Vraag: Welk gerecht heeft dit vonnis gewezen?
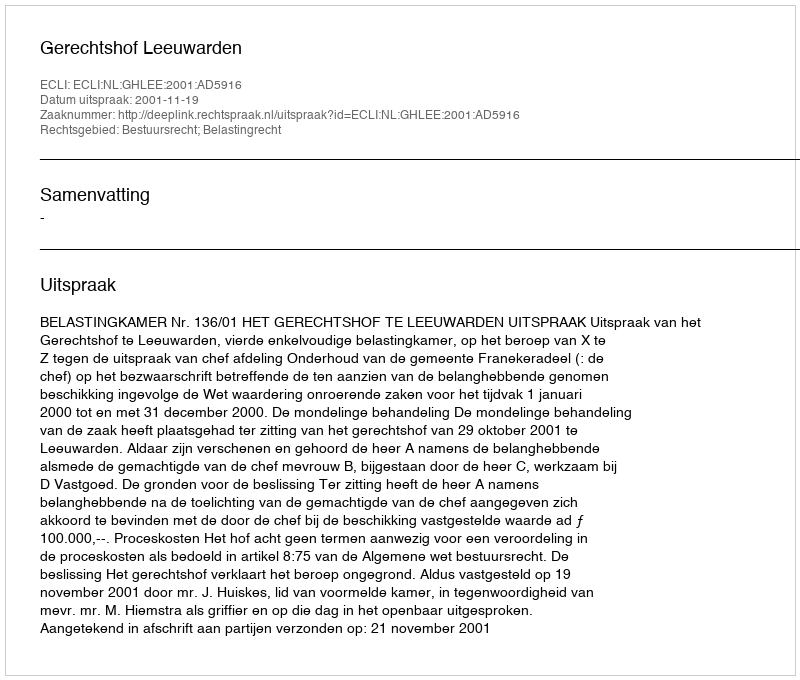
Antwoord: Gerechtshof Leeuwarden